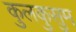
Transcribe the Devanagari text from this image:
कुलकुसुम